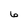
Character: 6